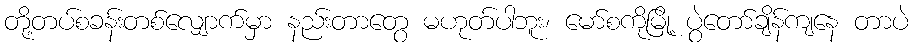
တို့တပ်စခန်းတစ်လျှောက်မှာ နည်းတာတွေ မဟုတ်ပါဘူး၊ မော်စကိုမြို့ ပွဲတော်ချိန်ကျနေ တာပဲ